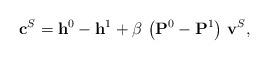
LaTeX: \begin{align*}\mathbf{c}^S = \mathbf{h}^0 - \mathbf{h}^1 + \beta \, \left(\mathbf{P}^0 - \mathbf{P}^1\right) \, \mathbf{v}^S,\end{align*}